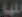
للها